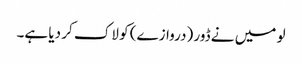
لو میں نے ڈور (دروازے) کو لاک کر دیا ہے۔